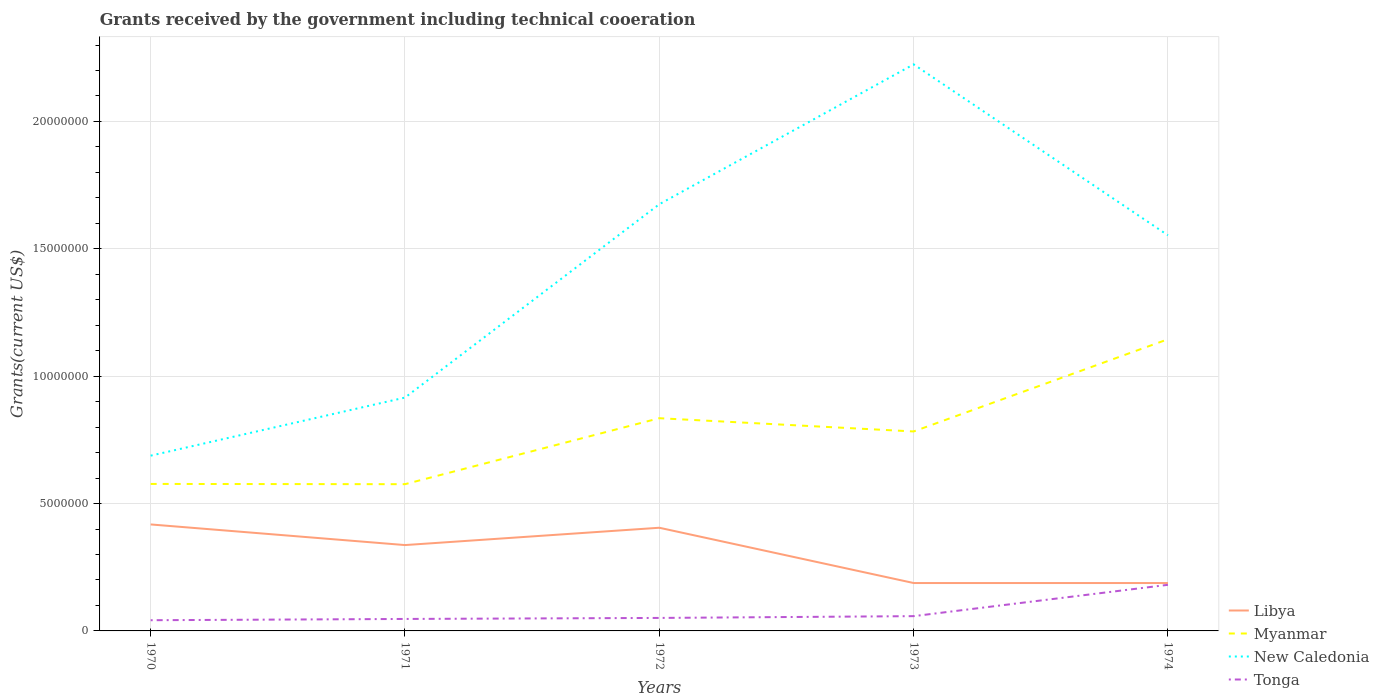
| Years | Libya | Myanmar | New Caledonia | Tonga |
 | --- | --- | --- | --- | --- |
 | 1970 | 4.18e+06 | 5.77e+06 | 6.88e+06 | 4.2e+05 |
 | 1971 | 3.37e+06 | 5.76e+06 | 9.16e+06 | 4.7e+05 |
 | 1972 | 4.05e+06 | 8.35e+06 | 1.68e+07 | 5.1e+05 |
 | 1973 | 1.88e+06 | 7.83e+06 | 2.22e+07 | 5.8e+05 |
 | 1974 | 1.88e+06 | 1.14e+07 | 1.55e+07 | 1.81e+06 |